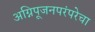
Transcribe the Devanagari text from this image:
अग्निपूजनपरंपरेचा